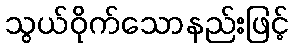
သွယ်ဝိုက်သောနည်းဖြင့်